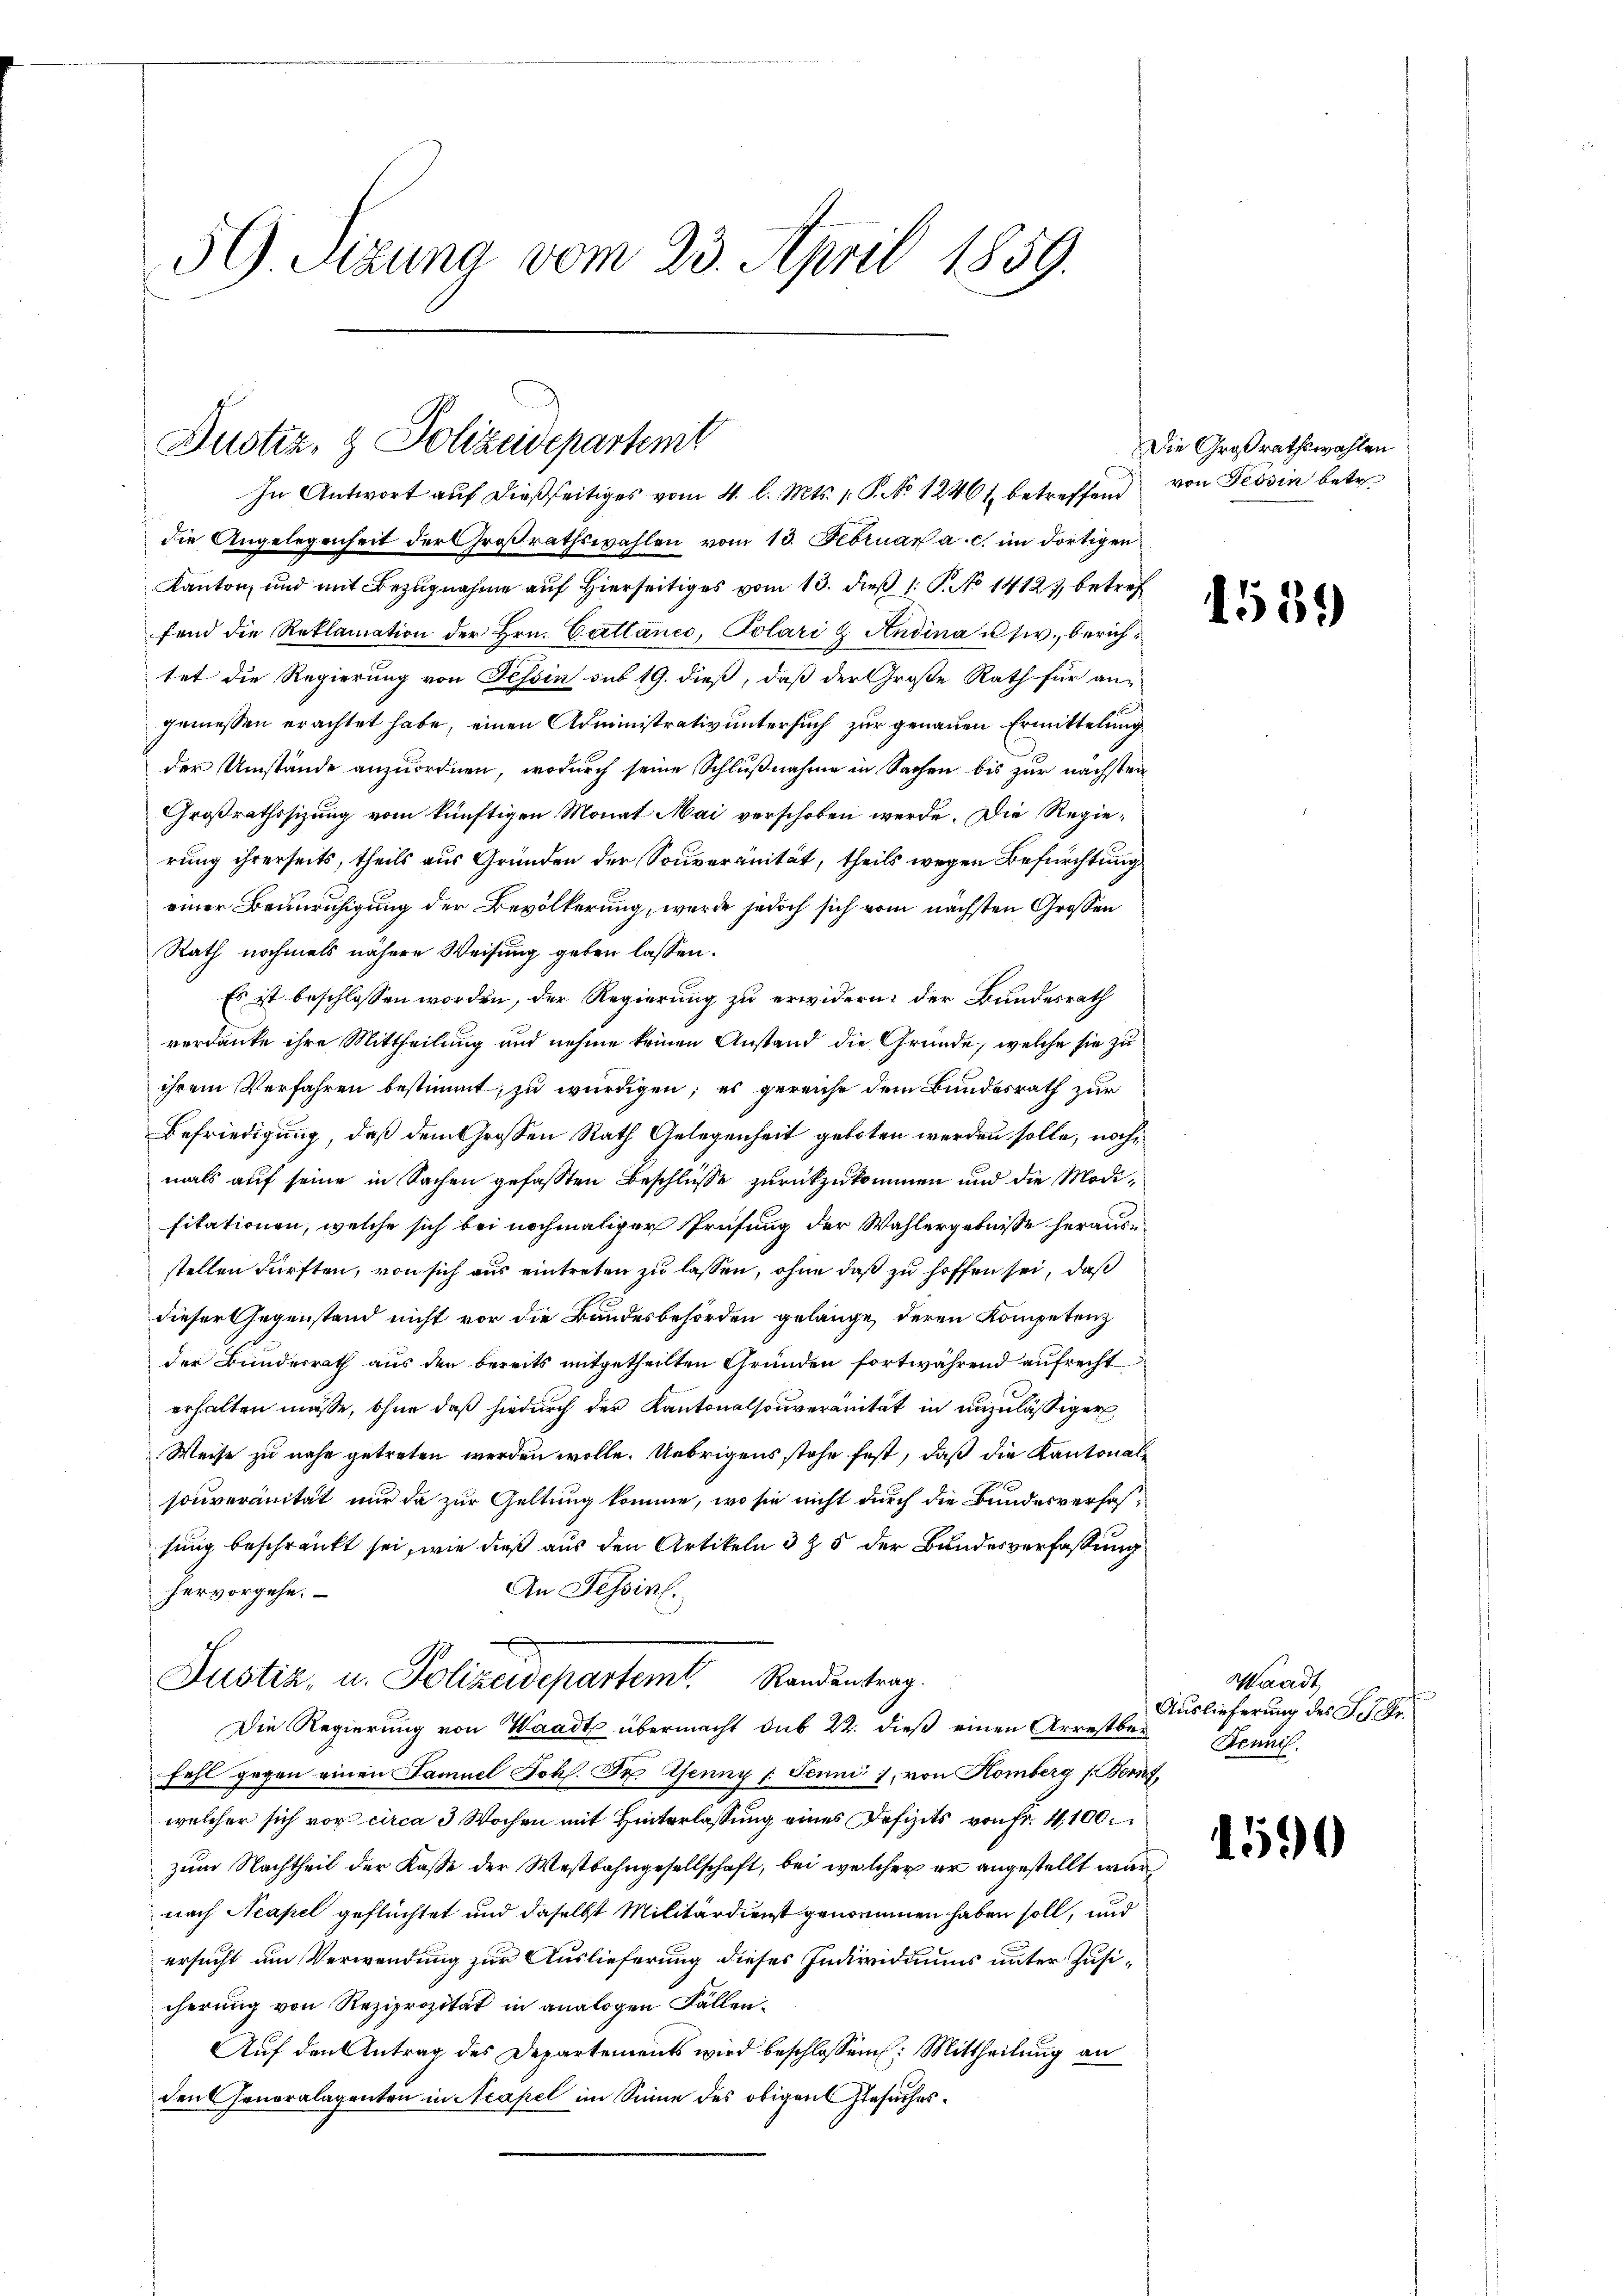
59 Sizung vom 23. April 1859.

Justiz- & Polizeidepartemt
In Antwort auf dießseitiges vom 4. l. Mts. 1 S. No 12461 betreffend von Tessin betre

die Angelegenheit der Großrathswahlen vom 13. Februar a. c. im dortigen
Kanton und mit Bezugnahme auf hierseitiges vom 13. daß 1 S. No 1412, betref
fend die Reklamation der Hrn. Cattance, Polari u. Andina usw., berichtet die Regierung von Tessin sub 19. dieß, daß der Große Rath für an-
gemessen erachtet habe, einen Administrativ untersuch zur genauen Ermittelung
der Umstände anzuordnen, wodurch seine Schlußnahme in Sachen bis zur nächsten
Großrathssizung vom künftigen Monat Mai verschoben werde. Die Regierung ihrerseits, theils aus Gründen der Souveränität, theils wegen Befürchtung
einer Beunruhigung der Bevölkerung, werde jedoch sich vom nächsten Großen
Rath nochmals nähere Weisung geben lassen.
Es ist beschlossen worden, der Regierung zu erwidern: der Bundesrath
verdanke ihre Mittheilung und nehme keinen Anstand die Gründe, welche sie zu
ihrem Verfahren bestimmt, zu würdigen; es gereiche dem Bundesrath zur
Befriedigung, daß dem Großen Rath Gelegenheit geboten werden solle, nochmals auf seine in Sachen gefaßten Beschlüsse zurückzukommen und die Modifikationen, welche sich bei nochmaliger Prüfung der Wahlergebnisse herausstellen dürften, von sich aus eintreten zu lassen, ohne daß zu hoffen sei, daß
dieser Gegenstand nicht vor die Bandesbehörden gelange, deren Kompetenz
der Bundesrath aus den bereits mitgetheilten Gründen fortwährend aufrecht
erhalten müsse, ohne daß hiedurch der Kantonalsouveranität in unzulässiger
Weise zu nahe getreten werden wolle. Uebrigens stehe fest, daß die Kantonalsouveränität nur da zur Geltung komme, wo sie nicht durch die Bundesverfassung beschränkt sei, wie dieß aus den Artikeln 3 Z. 5 der Bundesverfassung
An Tessin.
hervorgehe.
Justiz, u. Polizeidepartemt. Standentrag.
Die Regierung von Waadt übermacht sub 22. dieß einen Arrestbar Schnis.
fahl gegen einen Famuel Johs. Dr. Jenny l. Juni 1, von Komberg s. Bern,
welcher sich vor circa 3 Wochen mit Hinterlassung eines Defizits von fr. 4,100
zum Nachtheil der Kasse der Westbahngesellschaft, bei welcher er angestellt wir
nach Neapel geflüchtet und daselbst Militärdienst genommen haben soll, und
ersucht um Verwendung zur Auslieferung dieses Individuums unter Jusicherung von Reziprozität in analogen Fällen¬
Auf den Antrag des Departements wird beschlossen: Mittheilung an
den Generalagenten in Acapel im Sinne des obigen Gesuches¬

Die Großrathswahlen

1539

Waadt
Auslieferung des S. 7 Fr.

u

1590